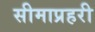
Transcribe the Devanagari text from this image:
सीमाप्रहरी